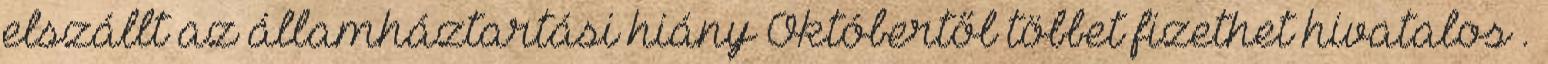
elszállt az államháztartási hiány Októbertől többet fizethet hivatalos .